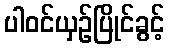
ပါဝင်ယှဉ်ပြိုင်ခွင့်